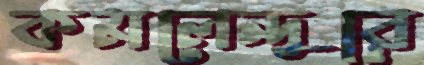
কমলেন্দুরে